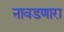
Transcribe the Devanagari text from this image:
नावडणारा